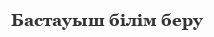
Бастауыш білім беру